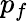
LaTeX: p_{f}